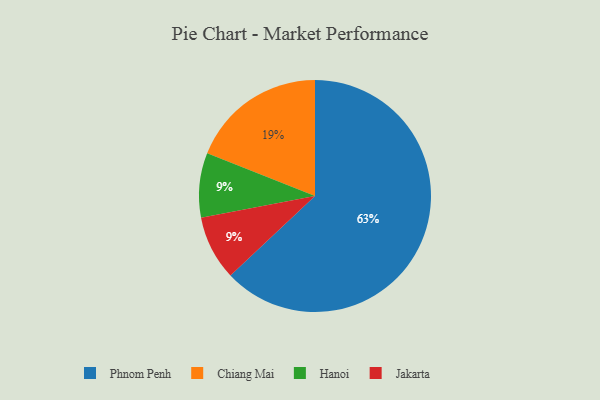
{"axis": {"x": "Category", "y": "Percentage"}, "legend": ["Chiang Mai", "Hanoi", "Jakarta", "Phnom Penh"], "data": [{"x": "Chiang Mai", "y": 19, "type": "Chiang Mai"}, {"x": "Hanoi", "y": 9, "type": "Hanoi"}, {"x": "Jakarta", "y": 9, "type": "Jakarta"}, {"x": "Phnom Penh", "y": 63, "type": "Phnom Penh"}]}